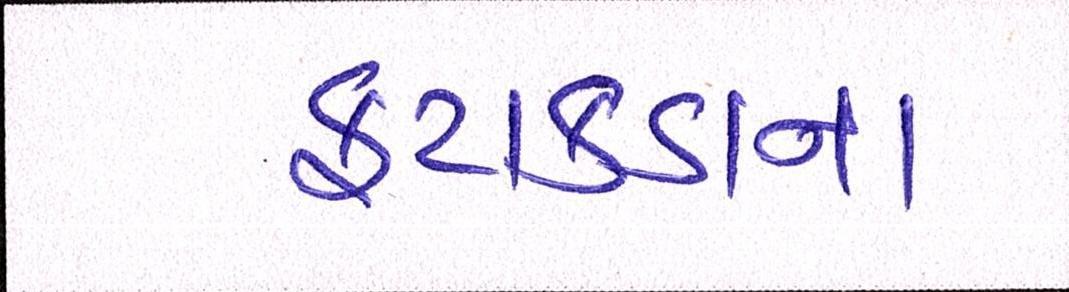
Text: ફટાકડાના